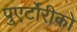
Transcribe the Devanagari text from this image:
पुएर्टोरीको